Civil Veterinary Department Bihar & Orissa reports 1922-29 - 1922-1929
Year: 1922
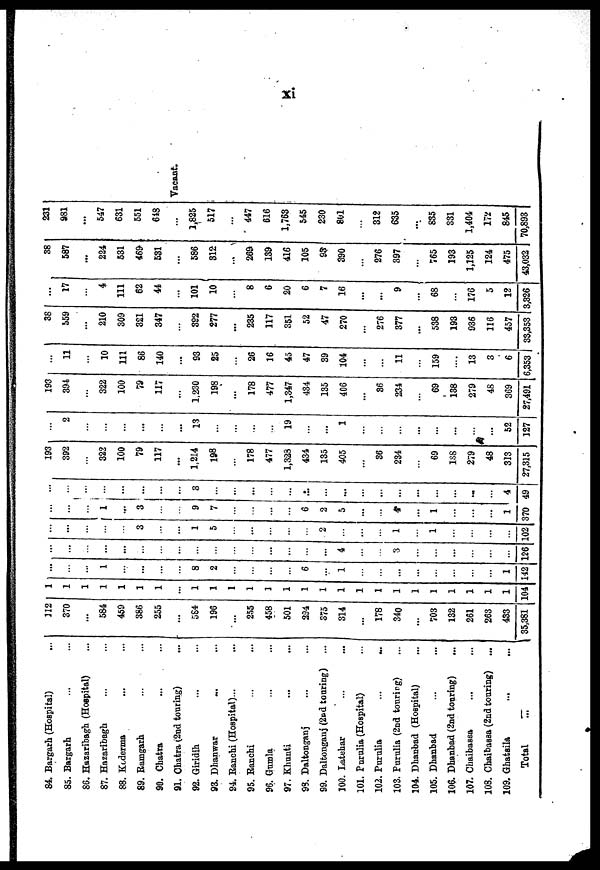
xi
84. Bargarh (Hospital)
85. Bargarh
86. Hazaribagh (Hospital)
87. Hazaribagh
88. Koderma
89. Ramgarh
90. Chatra
91. Chatra (2nd touring)
92. Giridih
93. Dhanwar
84. Ranchi (Hospital)...
95. Ranchi
96. Gumla
97. Khunti
98. Daltonganj
99. Daltonganj (2nd touring)
100. Latehar
101. Purulia (Hospital)
102. Purulia
103. Purulia (2nd touring)
104. Dhanbad (Hospital)
105. Dhanbad
106. Dhanbad (2nd touring)
107. Chaibassa
108. Chaibassa (2nd touring)
109. Ghatsila
Total
312
370
...
584
459
386
255
...
584
196
...
255
458
501
294
375
314
...
178
34o
...
703
132
261
263
433
35,381
1
1
1
1
1
1
1
...
1
1
1
1
1
1
1
1
1
1
1
1
1
1
1
1
1
1
104
...
...
1
...
8
2
6
1
...
...
...
...
...
...
...
...
1
142
...
...
...
...
...
...
...
...
...
...
...
...
...
...
4
...
3
...
...
...
...
...
...
126
...
...
...
3
...
1
5
...
2
1
1
102
...
...
...
3
9
7
6
2
5
...
4
...
1
1
370
...
...
...
...
...
3
...
...
...
...
...
...
...
...
...
...
4
49
193
392
...
322
100
79
117
...
1,214
198
178
477
1,323
434
135
405
...
36
234
69
138
279
48
313
27,315
...
2
...
...
...
...
13
...
19
...
1
...
...
...
52
127
193
394
...
322
100
79
117
1,230
198
...
178
477
1,347
434
135
406
...
36
234
...
69
138
279
48
369
27,491
11
...
10
111
86
140
...
93
25
26
16
45
47
39
104
...
...
11
159
13
3
6
6,353
38
559
...
210
309
321
347
392
277
...
235
117
351
52
47
270
...
276
377
...
538
193
936
116
457
33,353
...
17
...
4
111
62
44
...
101
10
8
6
20
6
7
16
...
...
9
...
68
176
5
12
3,326
38
587
...
224
531
469-
531
...
586
312
...
269
139
416
105
93
390
...
276
397
...
765
193
1,125
124
475
43,032
231
981
...
547
631
551
648
3,825
517
447
616
1,763
545
230
801
...
312
635
...
835
331
1,404
172
845
70,893
Vacant.